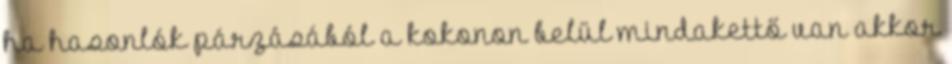
ha hasonlók párzásából a kokonon belül mindakettő van akkor